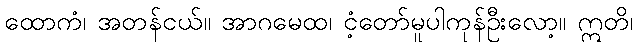
ထောကံ၊ အတန်ငယ်။ အာဂမေထ၊ ငံ့တော်မူပါကုန်ဦးလော့။ ဣတိ၊